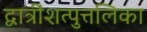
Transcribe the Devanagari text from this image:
द्वात्रींशत्पुत्तलिका